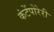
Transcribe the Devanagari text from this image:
कंटेंपोरेरी